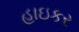
હાઇકર